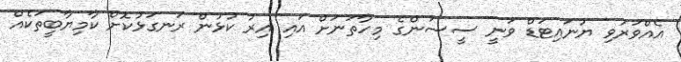
އެއްވަރުވި ޔުނައިޓަޑް ވަނީ ސީސަންގެ މިހާތަނަށް އައި އިރު ކުޅުން ރަނގަޅުކޮށް ކާމިޔާބީތަކެއް